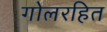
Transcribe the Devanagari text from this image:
गोलरहित